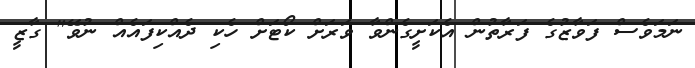
ނަމަވެސް ފަވާޒުގެ ފަރާތުން އެކަށީގެންވާ ވަރަށް ކޯޓަށް ހެކި ދެއްކިފައެއް ނުވޭ" ގާޒީ